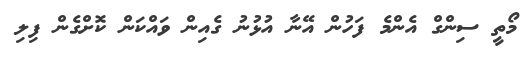
މޯތީ ސިންގް އެންމެ ފަހުން އޭނާ އުޅުނު ގެއިން ވައްކަން ކޮށްގެން ފިލި